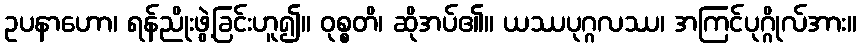
ဥပနာဟော၊ ရန်ညိုးဖွဲ့ခြင်းဟူ၍။ ဝုစ္စတိ၊ ဆိုအပ်၏။ ယဿပုဂ္ဂလဿ၊ အကြင်ပုဂ္ဂိုလ်အား။